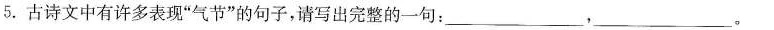
5. 古诗文中有许多表现”气节”的句子，请写出完整的一句：___，___。